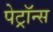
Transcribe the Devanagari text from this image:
पेट्रॉन्स